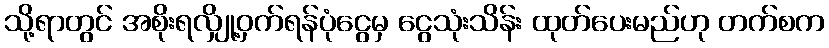
သို့ရာတွင် အစိုးရလျှို့ဝှက်ရန်ပုံငွေမှ ငွေသုံးသိန်း ထုတ်ပေးမည်ဟု တက်စက